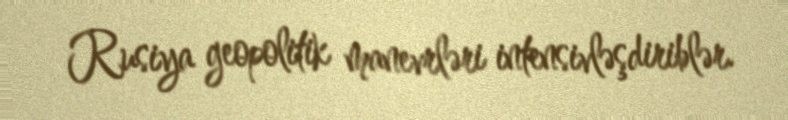
Rusiya geopolitik manevrləri intensivləşdiriblər.